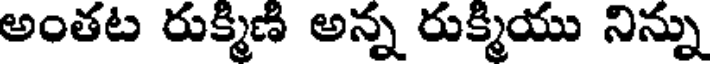
అంతట రుక్మిణి అన్న రుక్మియు నిన్ను